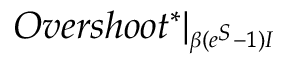
O v e r s h o o t ^ { * } | _ { \substack { _ { \beta ( e ^ { S } - 1 ) I } } }